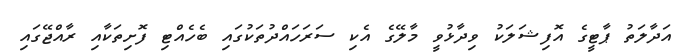
އަދާލަތު ޕާޓީގެ އޮފިޝަލަކު ވިދާޅުވީ މާލޭގެ އެކި ސަރަހައްދުތަކުގައި ބެހެއްޓި ފޮށިތަކާއި ރާއްޖޭގައި